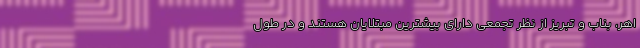
اهر، بناب و تبریز از نظر تجمعی دارای بیشترین مبتلایان هستند و در طول